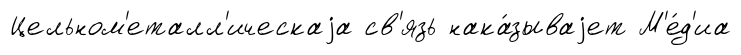
Цельном'еталл'ическаjа св'язь нака́зываjет М'е́д'иа